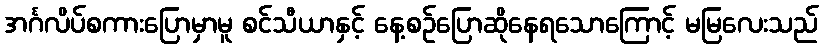
အင်္ဂလိပ်စကားပြောမှာမူ စင်သီယာနှင့် နေ့စဉ်ပြောဆိုနေရသောကြောင့် မမြလေးသည်